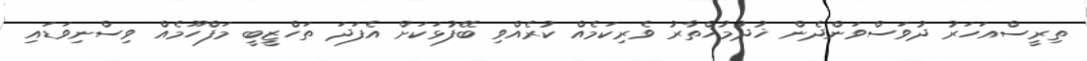
ތިރީސްއަހަރު ދުވަސްވަންދެން ޚުދުމުޚްތާރު ވެރިކަމެއް ކުރެއްވި ބޭފުޅަކަށް އެފަދަ ތަހްޒީބީ މަފްހޫމެއް ވިސްނިވަޑައި